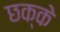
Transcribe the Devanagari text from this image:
छक्‍के